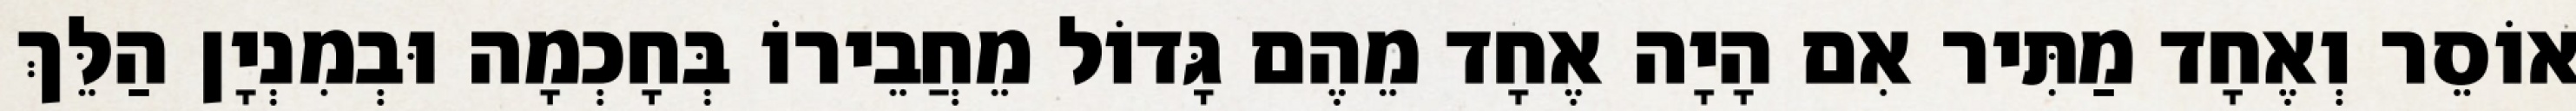
אוֹסֵר וְאֶחָד מַתִּיר אִם הָיָה אֶחָד מֵהֶם גָּדוֹל מֵחֲבֵירוֹ בְּחָכְמָה וּבְמִנְיָן הַלֵּךְ